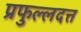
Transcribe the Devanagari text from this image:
प्रफुल्लदत्त